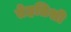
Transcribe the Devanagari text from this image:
तेहतिशी